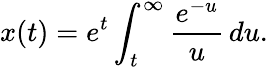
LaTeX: x(t)=e^{t}\int_{t}^{\infty}{\frac{e^{-u}}{u}}\, du.